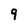
Character: 9